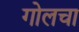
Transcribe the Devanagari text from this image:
गोलचा